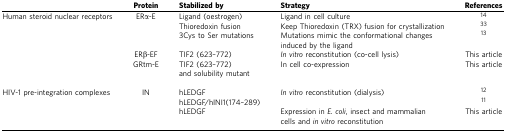
<table><thead><tr><td><b> </b></td><td><b>Protein</b></td><td><b>Stabilized by</b></td><td><b>Strategy</b></td><td><b>References</b></td></tr></thead><tbody><tr><td>Human steroid nuclear receptors</td><td>ERα-E</td><td>Ligand (oestrogen)</td><td>Ligand in cell culture</td><td>14</td></tr><tr><td> </td><td> </td><td>Thioredoxin fusion</td><td>Keep Thioredoxin (TRX) fusion for crystallization</td><td>33</td></tr><tr><td> </td><td> </td><td>3Cys to Ser mutations</td><td>Mutations mimic the conformational changes induced by the ligand</td><td>13</td></tr><tr><td> </td><td>ERβ-EF</td><td>TIF2 (623–772)</td><td><i>In vitro</i> reconstitution (co-cell lysis)</td><td>This article</td></tr><tr><td> </td><td>GRtm-E</td><td>TIF2 (623–772) and solubility mutant</td><td>In cell co-expression</td><td>This article</td></tr><tr><td> </td><td> </td><td> </td><td> </td><td> </td></tr><tr><td>HIV-1 pre-integration complexes</td><td>IN</td><td>hLEDGF</td><td><i>In vitro</i> reconstitution (dialysis)</td><td>12</td></tr><tr><td> </td><td> </td><td>hLEDGF/hINI1(174–289)</td><td> </td><td>11</td></tr><tr><td> </td><td> </td><td>hLEDGF</td><td>Expression in <i>E. coli</i>, insect and mammalian cells and <i>in vitro</i> reconstitution</td><td>This article</td></tr></tbody></table>